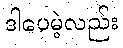
ဒါပေမဲ့လည်း